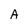
Character: A